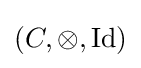
(C,\otimes ,{\text{Id}})